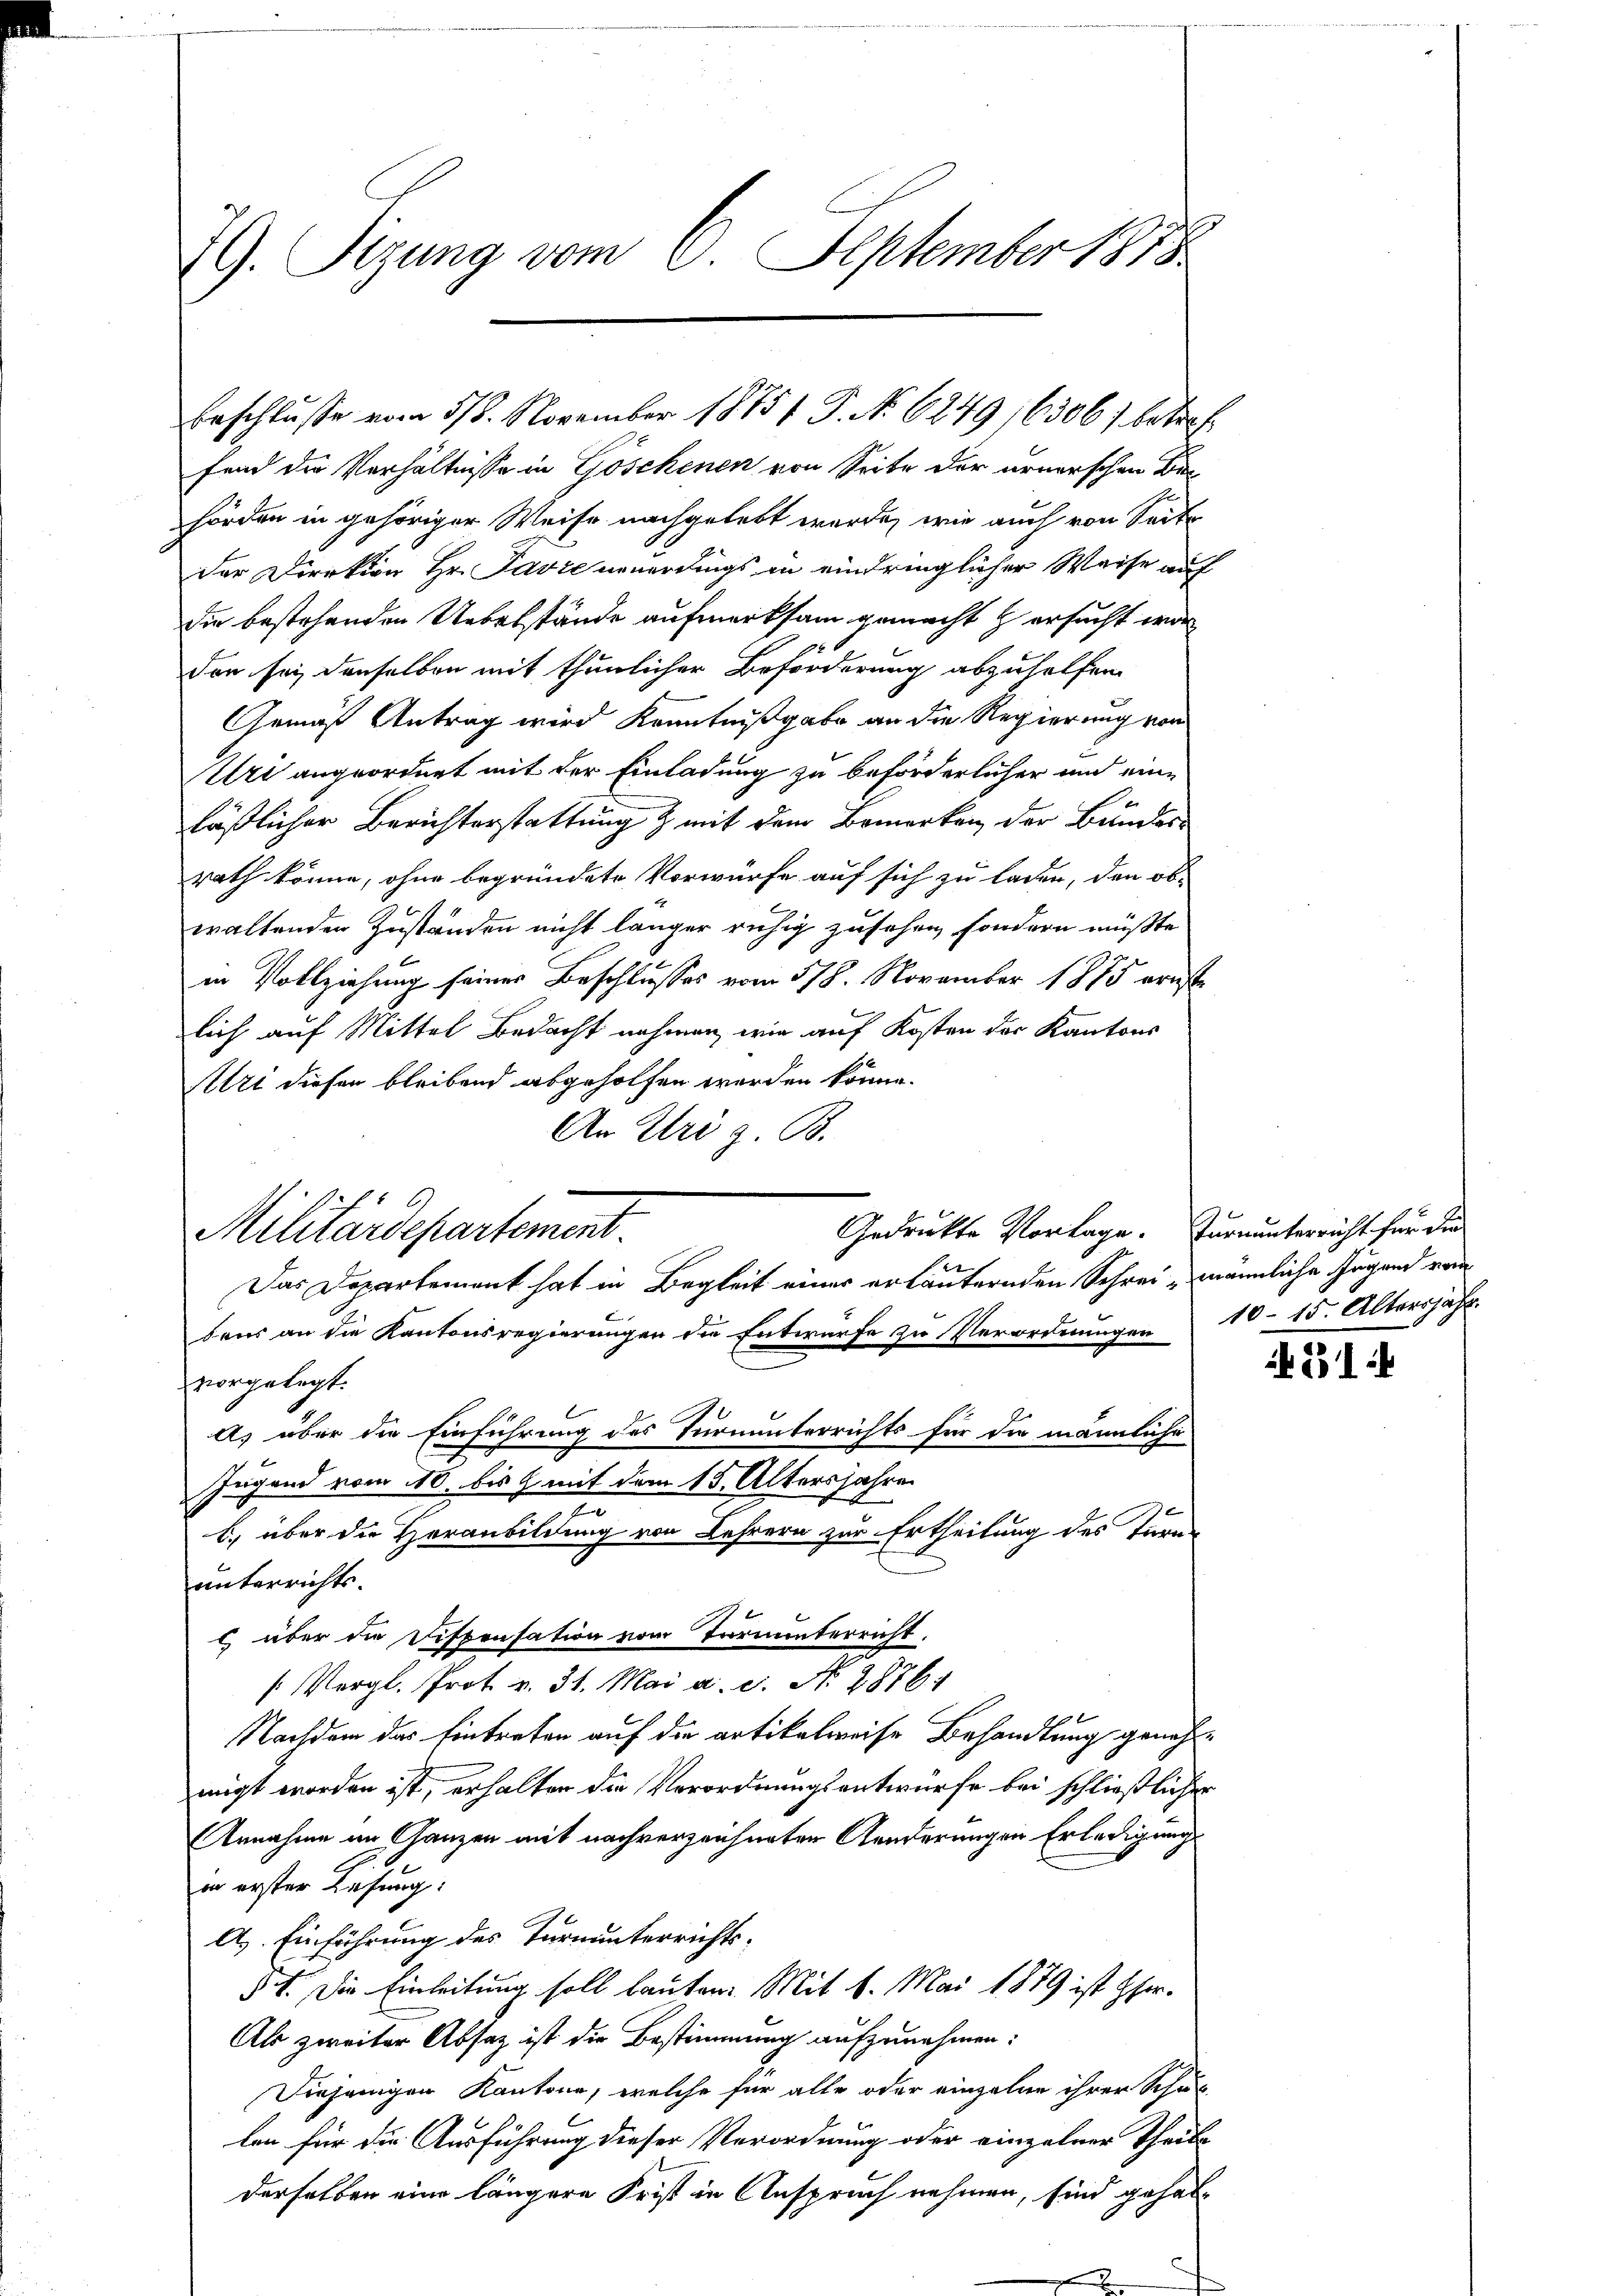
29. Sizung vom 6. September 1818.

hörden in gehöriger Weise nachgelebt wurde, wie auch von Seite
der Direktion Hr. Favre neuerdings in eindringlicher Weise auf
die bestehenden Uebelstände aufmerksam gemacht & ersucht war
den sei denselben mit thunlicher Beförderung abzuhelfen.
Gemäß Antrag wird Kenntnißgabe an die Regierung von
Uri angeordnet mit der Einladung zu beförderlicher und eine
läßlicher Berichterstattung & mit dem Bemerken der Bunder-
rath könne, ohne begründete Vorwürfe auf sich zu laden, den ob-
waltenden Zuständen nicht länger ruhig zusehen, sondern müßte,
in Vollziehung seiner Beschlusses vom 5/8. November 1815 grüsse
lich auf Mittel Bedacht nehmen, wie auf Kosten der Kantons
Uri diesen bleibend abgeholfen werden könne.
An Uri z. B.
Gedrückte Vorlage. Turnunterricht für die
bens an die Kantonsregierungen die Entwurfe zu Verordnungen
vorgelegt.
A) über die Einführung des Turnunterrichts für die männliche
Jugend vom 10. bis H. mit dem 15. Altersjahre
h
b) über die Heranbildung von Lehrern zur Ertheilung des Turne
unterrichts.
c) über die Dispensation vom Turninterricht.
Vergl. Prot. v. 31. Mai a. c. N. 2876.
Nachdem das Eintreten auf die artikelweise Behandlung genehmigt worden ist, erhalten die Verordnungsantwurfe bei schließlicher
Annahme im Ganzen mit nachverzeichneten Aenderungen Erledigung
in erster Lesung:
As. Einführung des Turnunterrichts-
§ 7. Die Einleitung soll lauten. Mit 1. Mai 1879 ist Her¬
Als zweiter Absatz ist die Bestimmung aufzunehmen:
Diejenigen Kantone, welche für alle oder einzelne ihrer Schul-
len für die Ausführung dieser Verordnung oder einzelner Theils
derselben eine längere Frist in Anspruch nehmen, sind gehal¬

Militärdepartement.
Das Departement hat in Begleit einer erläuternden Schrei- männliche Jugend von

Erschlusse vom 5/8. November 1875 P. No. 6249,6306) betref
fend die Verhältnisse in Göschenen von Seite der ernerschen Ber

10-15. Altersjahr.

31